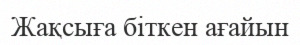
Жақсыға біткен ағайын